Vital statistics of India. Vol. V, Reports of 1876 on armies & jails and on epidemic cholera
Year: 1876
Disease focus: Cholera
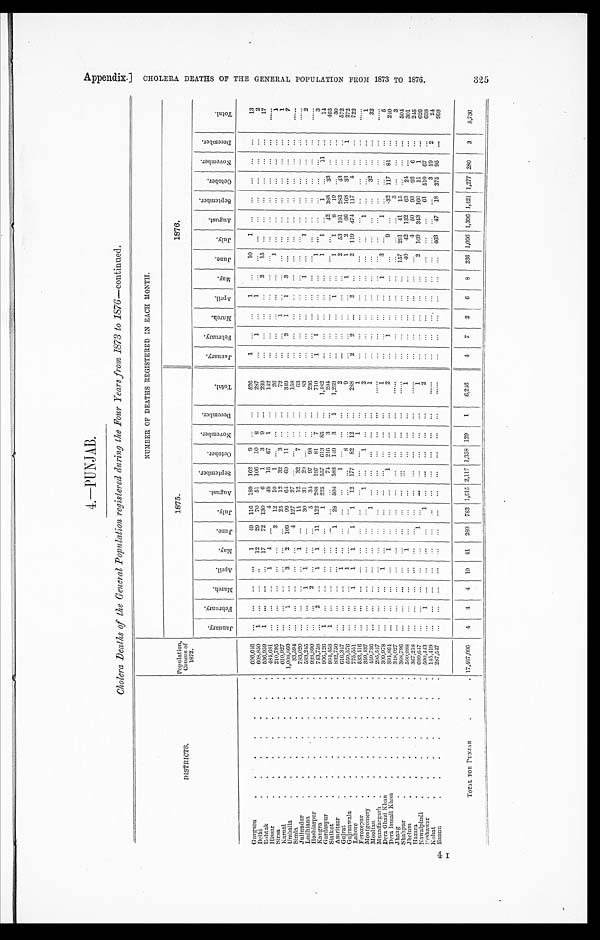
4.—PUNJAB.
Cholera Deaths of the General Population registered during the Four Years from 1873 to1 8 7 6 — c o n t i n u e d .
DISTRICTS.
Population, Census of
1872.
NUMBER OF DEATHS REGISTERED IN EACH MONTH.
1875.
1876.
J a n u a r y .
F e b r u a r y . M a r c h . A p r i l . M a y .
June.
J u l y .
A u g u s t . S e p t e m b e r .
O c t o b e r . N o v e m b e r . D e c e m b e r .
T o t a l .
J a n u a r y . F e b r u a r y .
M a r c h . A p r i l . M a y . J u n e . J u l y .
A u g u s t . S e p t e m b e r . O c t o b e r . N o v e m b e r . D e c e m b e r .
T o t a l .
Gurgaon
696,646
1 49 116 189 162 9
526
1
1
10 1
1 3
Delhi
608, 850 1
1 2 29 70 51 106 10 8
287
1
1
2
Rohtak
536, 959 1
17 72 130 6 1 3 9
239
2 1 5
1 7
Hissar
484,681
1 4
4 49 1 6 67 1
142
Sirsa
210, 795
3 12 10 1
2 6
1
1
Karnal
610, 927
25 12 32 3
72
1
1
1
Umballa
1, 008, 860
1
3 2 109 99 64 6 0 11
3 4 9
2 1 1 3
7
Simla
33, 594
4 127 27
158
Jullundur
783, 020
1
11 12 32 7
63
Ludhiana
583,245
1
1
30 31 20
8 3
1
1
Hoshiarpur
938,890
2
5 34 97 98
236
Kangra
743,758
2
1 1 11 122 288 197 81 7
710
1 1
1
3
Gurdaspur
906, 126 1
1 225 557 613 8 5
1, 482
1 1
1
11
1 4
Sialkot
994, 458
74 216 3
2 9 4
42 388 33
4 6 3
Amritsar
832, 750
1 28 504 583 149 3 1 1, 269
1
1 1 8 1 9
3 0
Gujrat
616,347
1
1
2
2 53 191 283 43
Gujranwala
550,576
1
1
9
1 1 2 66 163 33
1 272
Lahore
775, 551
1 1 1 1 1 12 177 8 2 12
2 8 8
2 2
2
2 119 474 117 4
7 2 2
Ferozepur
533,416
1
Montgomery
359,437
1
1
2
1
1
Mooltan
459, 736
1
1
3 2
32
Muzaffargarh
295, 547
Dera Ghazi Khan
309, 978
1
1
1
3
1
5 1
Dera Ismail Khan
394,864
1
1
2
1
9
.32 117 81
2 4 0
Jhang
348, 027
3
3
Shahpur
368, 796
157 291 41 15
504
Jhelum
500, 988
1
1
40 4 132 63 24
301
Hazara
367, 218
4 50 93 92 6
2 4 5
Rawalpindi
699,647
1
1
2 109 343 160 11 1
626
Peshawar
500, 413
1
1
2
61 510 67
6 3 8
Kohat
145,419
3 19 .
2
2 4
4 I Bannu
287,547
463 4 7 1 8 3 7 5 9 5
9 9 8
TOTAL FOR PUNJAB
17, 487, 096 4 4 4 10 41 280 783 1, 515 2, 117 1, 358 129 1 6 , 2 4 6
4 7 2 6 8 236
1,096
1, 396 1, 421 1, 277 280 3 5, 736
Appendix.]
C H O L E R A D E A T H S O F T H E G E N R A L P O P U L A T I O N F V F R O M 1 8 7 3 N T O 1 8 7 6 .
325